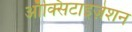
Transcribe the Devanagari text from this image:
ऑक्सिटाइज़ेशन